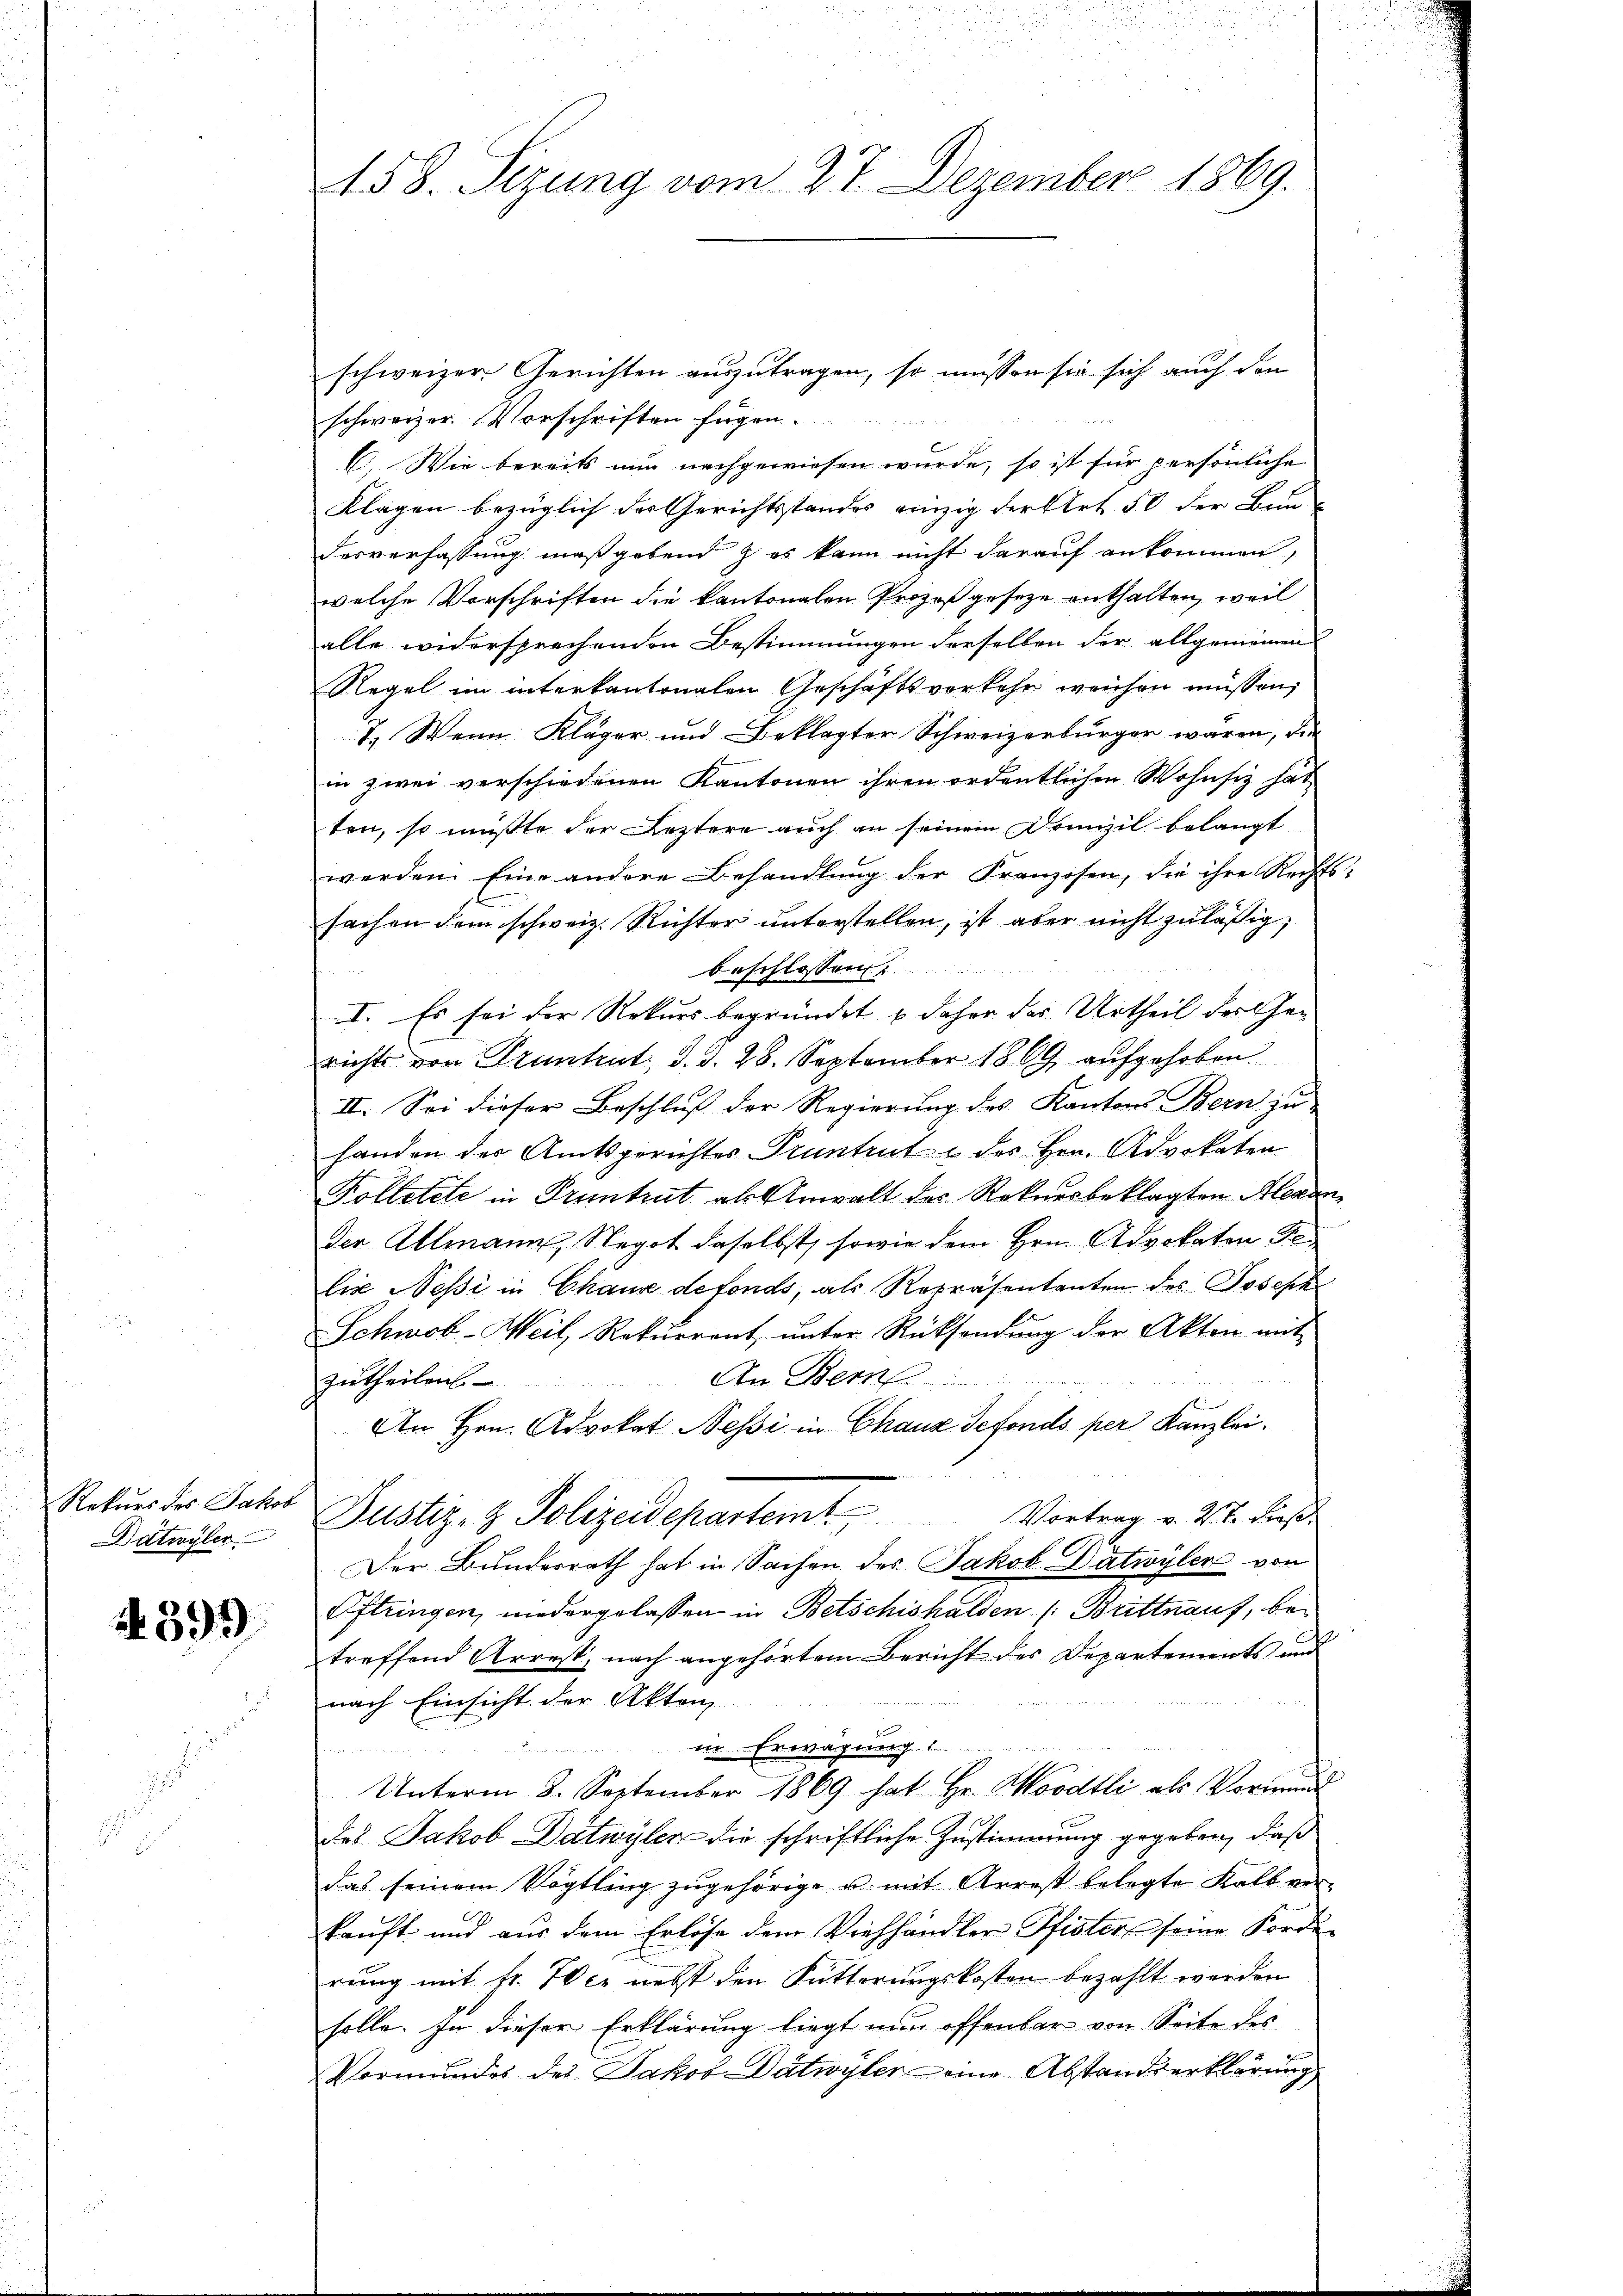
Rekurs des Jakob
Datwyler

4399

158. Sizung vom 27. Dezember 1869.

schweizer Gerichten auszutragen, so müssen sie sich auch den
schweizer Vorschriften fügen.
C. Wie bereits nun nachgewiesen wurde, so ist für persönliche
Klagen bezüglich der Gerichtsstandes einzig Fertirt. 50 der Baudesverfassung maßgebend & es kann nicht darauf ankommen,
welche Vorschriften die kantonalen Prozeß geseze enthalten, weil
alle widersprechenden Bestimmungen derselben der allgemeinen
Regel im interkantonalen Geschäftsverkehr weichen müssen,
T. Wenn Kläger und Beklagter Schweizerbürger waren, die
in zwei verschiedenen Kantonen ihren ordentlichen Wohnsiz hat,
ten, so müßte der Leztere auch an seinem Domizil belangt
werden. Eine andere Behandlung der Franzosen, die ihre Rechts-
sachen dem schweiz. Richter unterstellen, ist aber nicht zuläßig,
beschlossen
I. Es sei der Rekurs begründet & daher das Urtheil der Gerichts von Frantent, d. d. 28. September 1869 aufgehoben
II. Sei dieser Beschluß der Regierung des Kantons Bern zu
handen des Amtsgerichtes Pruntrut u des Hrn. Advokaten
Kolletete in Pruntrut als Anwalt des Rekursbeklagten Alexan¬
Der Allmann, Negot daselbst, sowie dem Hrn. Advokaten Se
lie Nesi in Chause defonds, als Repräsentanten des Joseph
Schwob-Weil, Rekŭrrent ŭnter Rücksendŭng der Akten mit
An Bern
zutheilen.
An Hrn. Advokat Nessi in Chanz Sefonds per Kanzlei.
Justiz- & Polizeidepartemt Vortrag v. 22. dieß
Der Bundesrath hat in Sachen des Jakob Dätwyler von
Eiftringen, niedergelassen in Betschishalden (Brittnauf, betreffend Arrest, nach angehörtem Bericht des Departements und
nach Einsicht der Akten
in Erwägung
Unterm 8. September 1869 hat Hr. Moodtli als Vormund
deas Jakob Datwyler die schriftliche Zustimmung gegeben, daß
das seinem Vögtling zugehörige u. mit Arrest belegte Kalb verkauft und aus dem Erlöse dem Viehhändler Pfister seine Forde
rung mit fr. Wer nebst den Futterungskosten bezahlt werden
solle. In dieser Erklärung liegt nun offenbar von Seite des
Vormundes des Jakob Datwyler eine Abstandserklärung